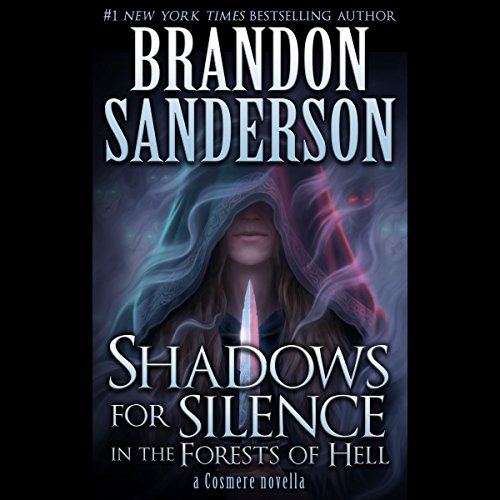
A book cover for Shadows for Silence in the Forest of Hell: A Cosmere Novella; Brandon Sanderson; Science Fiction & Fantasy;